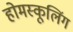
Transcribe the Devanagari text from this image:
होमस्कूलिंग